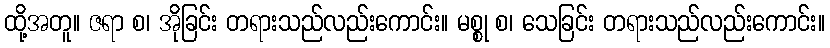
ထို့အတူ။ ဇရာ စ၊ အိုခြင်း တရားသည်လည်းကောင်း။ မစ္စု စ၊ သေခြင်း တရားသည်လည်းကောင်း။